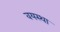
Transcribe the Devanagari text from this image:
वयस्था